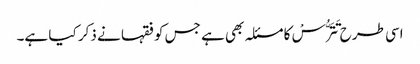
اسی طرح تَتَرُّسْ کا مسئلہ بھی ہے جس کو فقہا نے ذکر کیا ہے۔